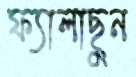
ফ্যালাছুন